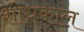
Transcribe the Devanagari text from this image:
शोधकाल